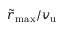
\tilde { r } _ { \mathrm { m a x } } / v _ { \mathrm { u } }